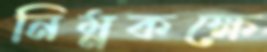
নিম্নকক্ষে